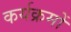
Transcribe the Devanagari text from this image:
कर्यक्रमों